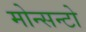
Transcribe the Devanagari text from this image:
मोन्सन्टो